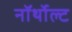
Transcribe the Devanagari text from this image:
नॉर्थोल्ट